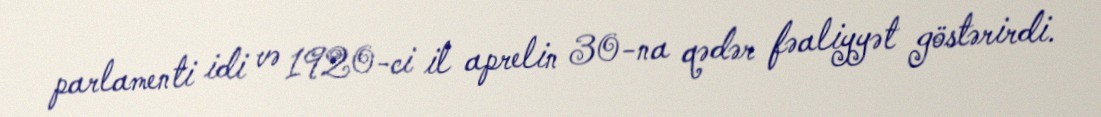
parlamenti idi və 1920-ci il aprelin 30-na qədər fəaliyyət göstərirdi.